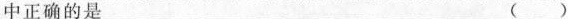
中正确的是 ( )